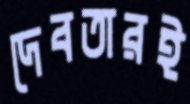
দেবতারই